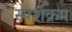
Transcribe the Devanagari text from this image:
स्पर्शक्रम